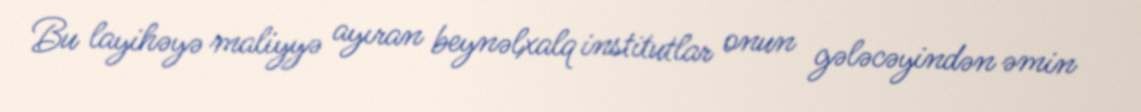
Bu layihəyə maliyyə ayıran beynəlxalq institutlar onun gələcəyindən əmin